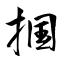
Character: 掴